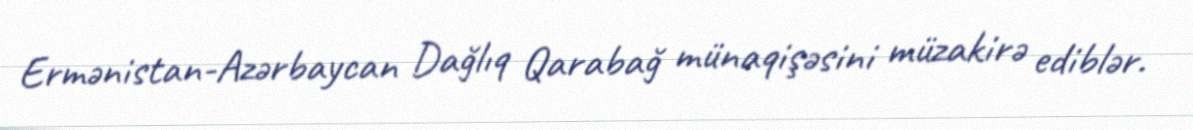
Ermənistan-Azərbaycan Dağlıq Qarabağ münaqişəsini müzakirə ediblər.